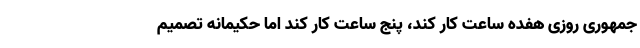
جمهوری روزی هفده ساعت کار کند، پنج ساعت کار کند اما حکیمانه تصمیم